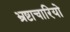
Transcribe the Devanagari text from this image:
भ्रष्टाचारियो